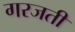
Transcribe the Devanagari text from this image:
गरजती